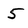
Character: 5